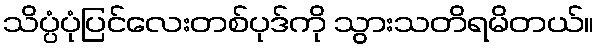
သိပ္ပံပုံပြင်လေးတစ်ပုဒ်ကို သွားသတိရမိတယ်။